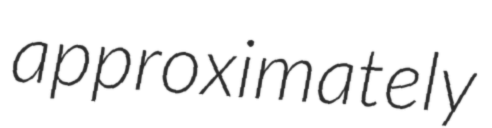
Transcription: approximately